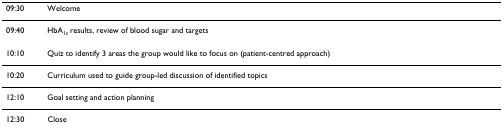
| 09:30 | Welcome |
 | --- | --- |
 | 09:40 | HbA1c results, review of blood sugar and targets |
 | 10:10 | Quiz to identify 3 areas the group would like to focus on (patient-centred approach) |
 | 10:20 | Curriculum used to guide group-led discussion of identified topics |
 | 12:10 | Goal setting and action planning |
 | 12:30 | Close |